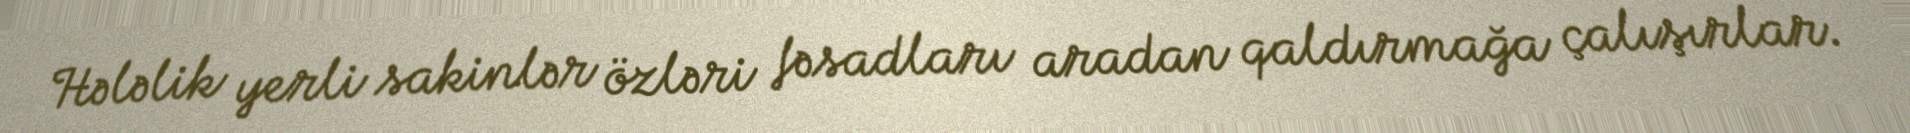
Hələlik yerli sakinlər özləri fəsadları aradan qaldırmağa çalışırlar.